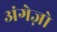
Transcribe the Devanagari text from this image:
अंगेज़ो